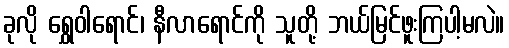
ခုလို ရွှေဝါရောင်၊ နီလာရောင်ကို သူတို့ ဘယ်မြင်ဖူးကြပါ့မလဲ။